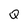
Character: Q